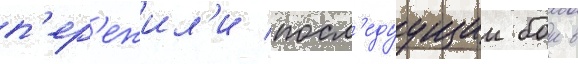
п'ер'ежил'и посл'едуущии бои в